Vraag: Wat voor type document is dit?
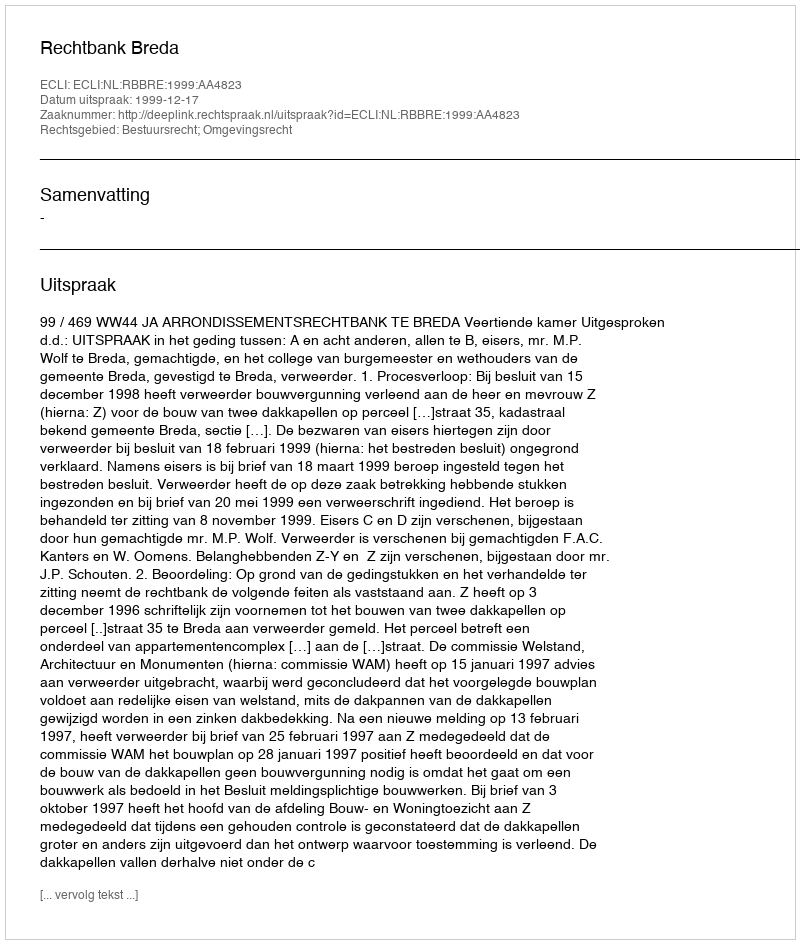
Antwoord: Uitspraak